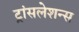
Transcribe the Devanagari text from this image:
ट्रांसलेशन्स